Leaving Certificate, 1897
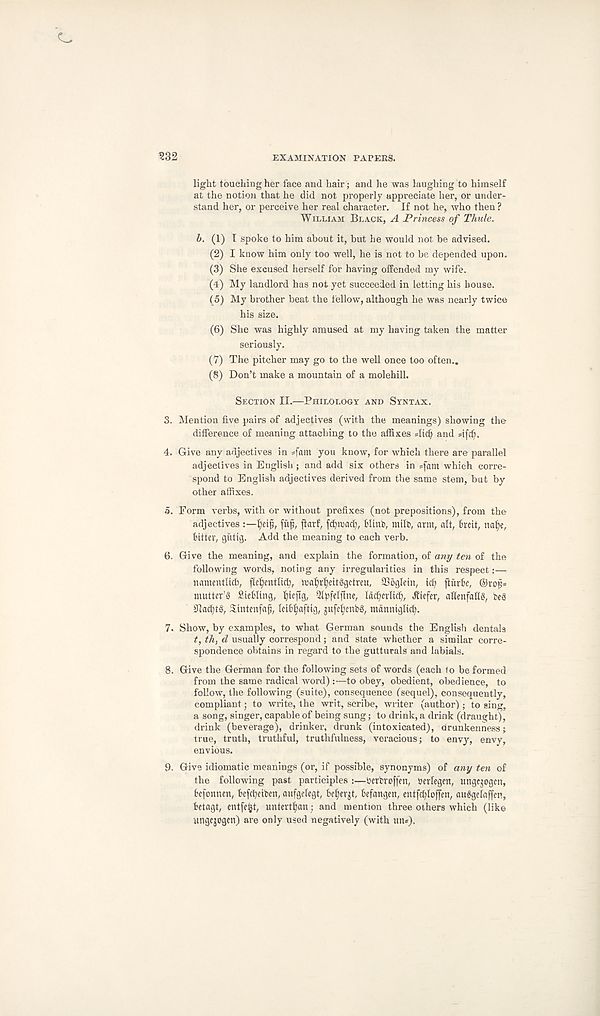
232
EXAMINATION PAPERS.
light touching her face and hair; and he was laughing to himself
at the notion that he did not properly appreciate her, or under-
stand her, or perceive her real character. If not he, who then ?
William Black, A Princess of Thule.
b. (1) I spoke to him about it, but he would not be advised.
(2) I know him only too well, he is not to be depended upon.
(3) She excused herself for having offended my wife.
(4) My landlord has not yet succeeded in letting his house.
(5) My brother beat the fellow, although he was nearly twice
his size.
(6) She was highly amused at my having taken the matter
seriously.
(7) The pitcher may go to the well once too often..
(8) Don’t make a mountain of a molehill.
Section II.—Philology and Syntax.
3. Mention five pairs of adjectives (with the meanings) showing the
difference of meaning attaching to the affixes 4tcf> and 4[cf).
4. Give any adjectives in =fam you know, for which there are parallel
adjectives in English ; and add six others in =fam which corre-
spond to English adjectives derived from the same stem, but by
other affixes.
а. Form verbs, with or without prefixes (not prepositions), from the
adjectives tjeijj, fufj, jlarf, fdjwacf), blinb, milb, arm, alt, 6rcit, naf)e,
bitter, giitig. Add the meaning to each verb.
б. Give the meaning, and explain the formation, of any ten of the
following words, noting any irregularities in this respect:—
nantenflicf), fletyentlicb, tt>al)ttyeit§getteu, ©bglein, id) ffiirbc, ®rop*
mutter’s Siebling, fycftg, Qtyfelflne, idd;crticf), liefer, afienfalls, beS
91ad)tS, Sintenfafj, leib^aftig, gufcfyenbS, mdnniglid).
7. Show, by examples, to what German sounds the English dentals
t, th, d usually correspond; and state whether a similar corre-
spondence obtains in regard to the gutturals and labials.
8. Give the German for the following sets of words (each to be formed
from the same radical word) :—to obey, obedient, obedience, to
follow, the following (suite), consequence (sequel), consequently,
compliant • , to write, the writ, scribe, writer (author) ; to sing,
a song, singer, capable of being sung; to drink, a drink (draught),
drink (beverage), drinker, drunk (intoxicated), drunkenness;
true, truth, truthful, truthfulness, veracious; to envy, envy,
envious.
9. Give idiomatic meanings (or, if possible, synonyms) of any ten of
the following past participles :—berbreffen, bcrlegen, ungqogcn,
befonnen, befebeiben, aufgelegt, betyergt, befangen, entfefyloffen, ausgelaffen,
betagt, mtfefct, untertfjan; and mention three others which (like
ungqogcn) are only used negatively (with un*).